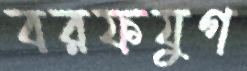
বরফযুগ